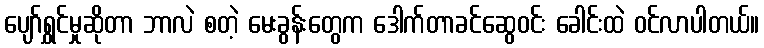
ပျော်ရွှင်မှုဆိုတာ ဘာလဲ စတဲ့ မေးခွန်းတွေက ဒေါက်တာခင်ဆွေဝင်း ခေါင်းထဲ ဝင်လာပါတယ်။